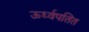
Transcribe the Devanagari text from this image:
ऊर्ध्वपतित